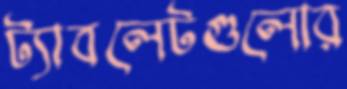
ট্যাবলেটগুলোর